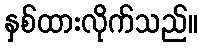
နှစ်ထားလိုက်သည်။